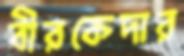
বীরকেদার